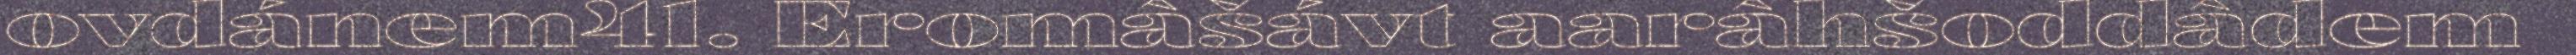
ovdánem41. Eromâšávt aarâhšoddâdem